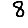
Digit: 8